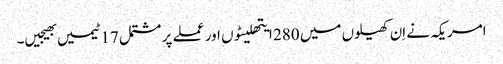
امریکہ نے اِن کھیلوں میں 280 ایتھلیٹوں اور عملے پر مشتمل 17 ٹیمیں بھیجیں۔